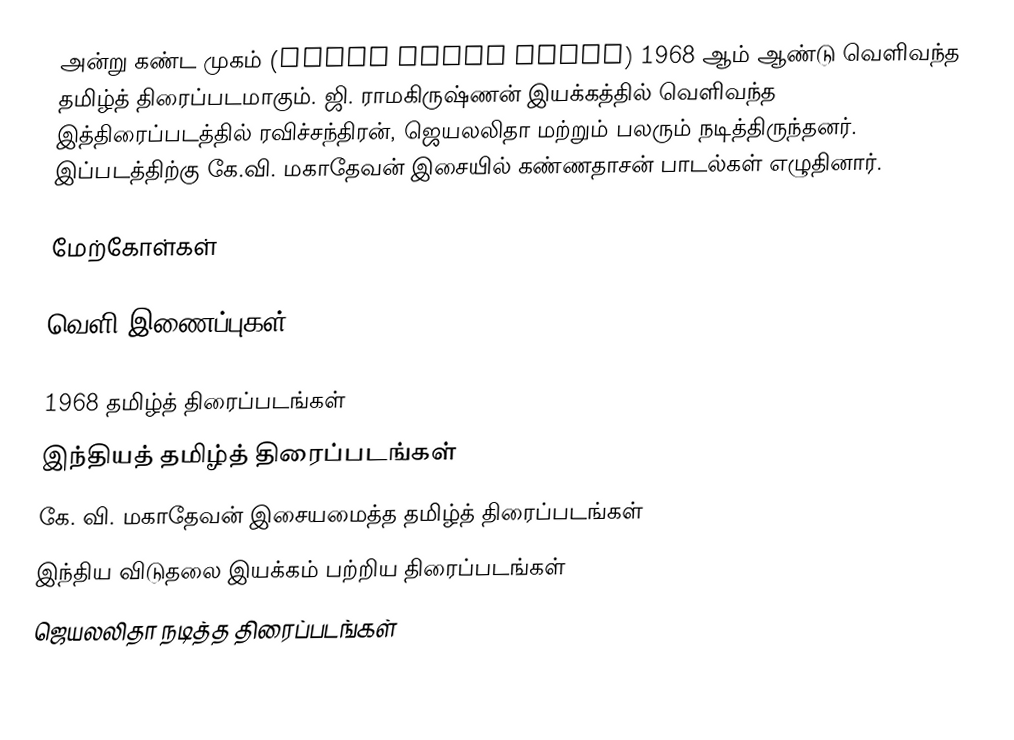
அன்று கண்ட முகம் (Andru Kanda Mugam) 1968 ஆம் ஆண்டு வெளிவந்த தமிழ்த் திரைப்படமாகும். ஜி. ராமகிருஷ்ணன் இயக்கத்தில் வெளிவந்த இத்திரைப்படத்தில் ரவிச்சந்திரன், ஜெயலலிதா மற்றும் பலரும் நடித்திருந்தனர். இப்படத்திற்கு கே.வி. மகாதேவன் இசையில் கண்ணதாசன் பாடல்கள் எழுதினார்.

மேற்கோள்கள்

வெளி இணைப்புகள்

1968 தமிழ்த் திரைப்படங்கள்
இந்தியத் தமிழ்த் திரைப்படங்கள்
கே. வி. மகாதேவன் இசையமைத்த தமிழ்த் திரைப்படங்கள்
இந்திய விடுதலை இயக்கம் பற்றிய திரைப்படங்கள்
ஜெயலலிதா நடித்த திரைப்படங்கள்